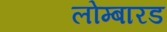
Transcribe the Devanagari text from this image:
लोम्बारड